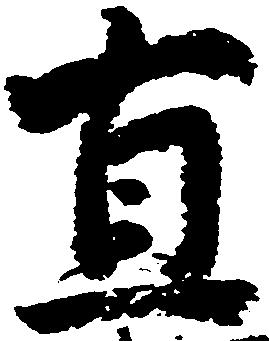
直